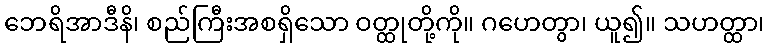
ဘေရိအာဒီနိ၊ စည်ကြီးအစရှိသော ဝတ္ထုတို့ကို။ ဂဟေတွာ၊ ယူ၍။ သဟတ္ထာ၊